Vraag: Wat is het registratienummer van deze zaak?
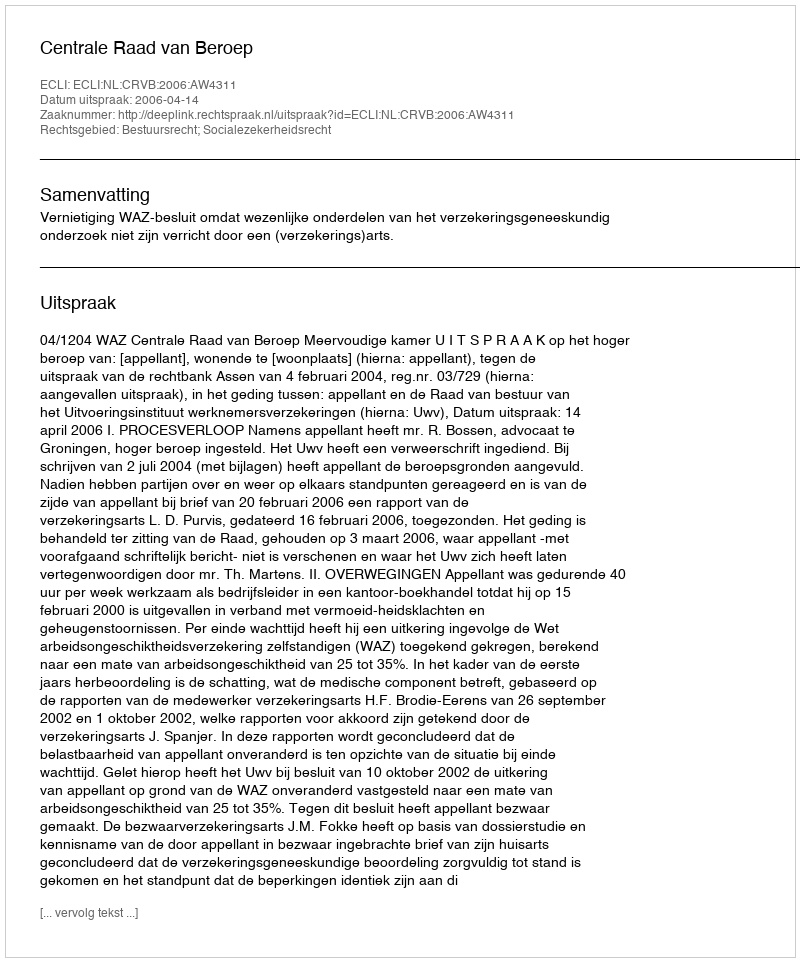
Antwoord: http://deeplink.rechtspraak.nl/uitspraak?id=ECLI:NL:CRVB:2006:AW4311